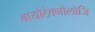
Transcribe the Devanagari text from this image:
बायोटेक्नोलोजि